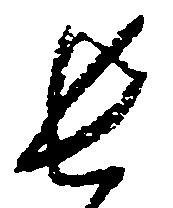
長